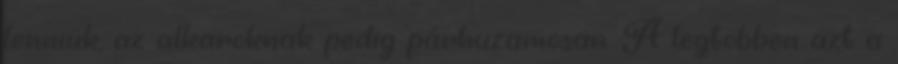
lenniük, az alkaroknak pedig párhuzamosan. A legtöbben azt a